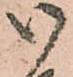
御